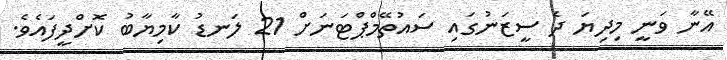
އޭނާ ވަނީ މިދިޔަ ދެ ސީޒަނުގައި ސައުތޭމްޕްޓަނަށް 21 ލަނޑު ކާމިޔާބު ކޮށްދީފައެވެ.